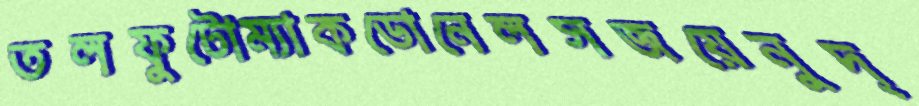
তলফুটোম্যাকডোনেলসজয়েনুদ্